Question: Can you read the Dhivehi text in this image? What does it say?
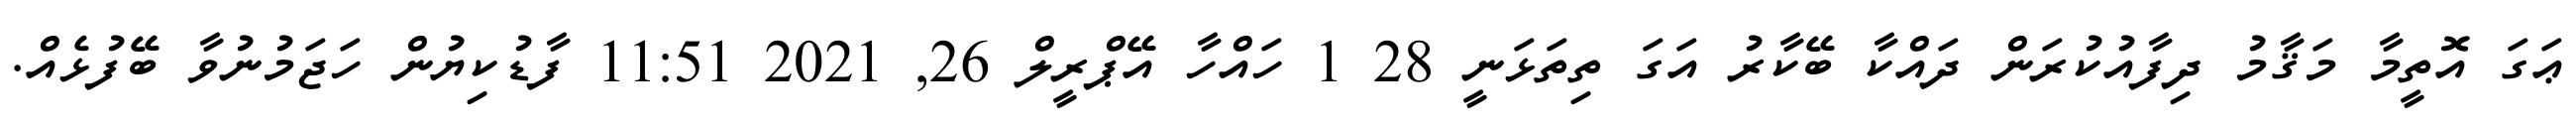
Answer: ޢަގަ އޮތީމާ މަޤާމު ދިފާއުކުރަން ދައްކާ ބޭކާރު އަގަ ތިތަޅަނީ 28 1 ހައްހާ އޭޕްރީލް 26, 2021 11:51 ފާޑުކިޔުން ހަޖަމުނުވާ ބޭފުޅެއް.